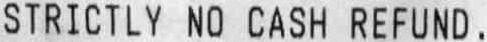
STRICILY NO CASH REFUND.